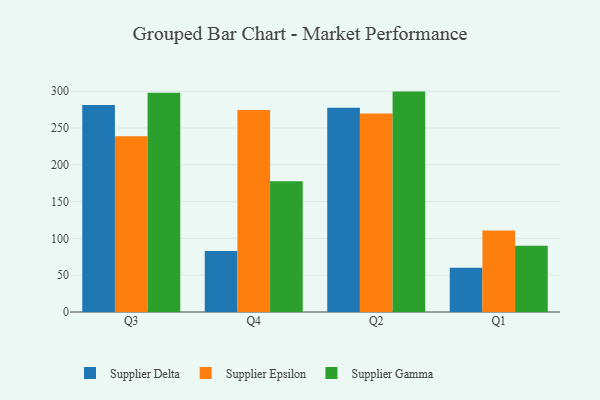
{"axis": {"x": "Quarter", "y": "Page Views"}, "legend": ["Supplier Delta", "Supplier Epsilon", "Supplier Gamma"], "data": [{"x": "Q3", "y": 281.1, "type": "Supplier Delta"}, {"x": "Q3", "y": 238.6, "type": "Supplier Epsilon"}, {"x": "Q3", "y": 297.7, "type": "Supplier Gamma"}, {"x": "Q4", "y": 83.0, "type": "Supplier Delta"}, {"x": "Q4", "y": 274.5, "type": "Supplier Epsilon"}, {"x": "Q4", "y": 177.6, "type": "Supplier Gamma"}, {"x": "Q2", "y": 277.3, "type": "Supplier Delta"}, {"x": "Q2", "y": 269.5, "type": "Supplier Epsilon"}, {"x": "Q2", "y": 299.4, "type": "Supplier Gamma"}, {"x": "Q1", "y": 60.1, "type": "Supplier Delta"}, {"x": "Q1", "y": 110.7, "type": "Supplier Epsilon"}, {"x": "Q1", "y": 90.0, "type": "Supplier Gamma"}]}